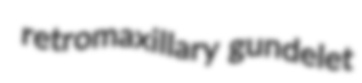
retromaxillary gundelet